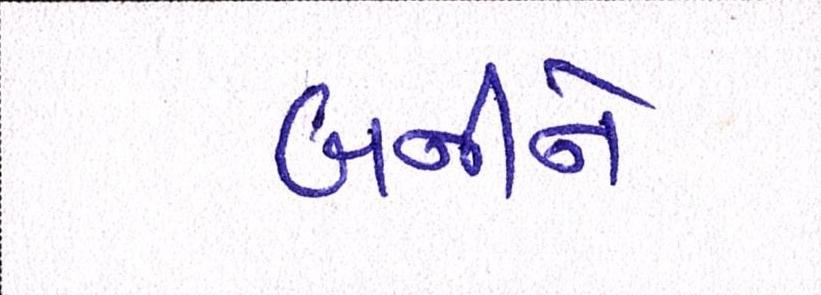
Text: બનીને